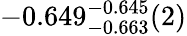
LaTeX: -0.649_{-0.663}^{-0.645}(2)